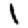
Digit: 1